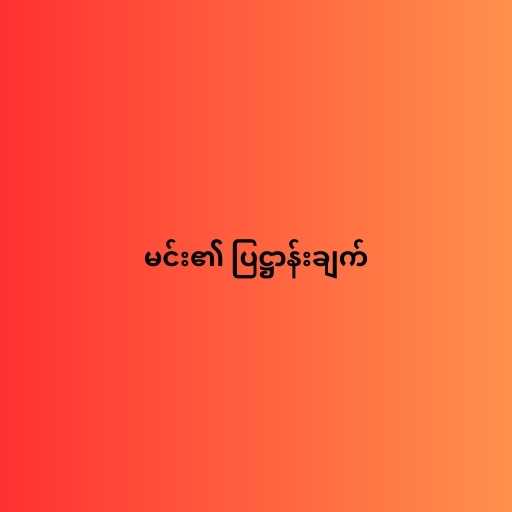
မင်း၏ ပြဋ္ဌာန်းချက်